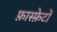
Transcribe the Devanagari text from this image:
फ़ास्फ़ेटों